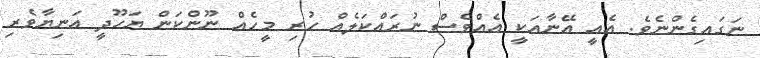
ނަގައިގެންނެވެ. އެއީ އޭނާއަކީ އެއްވެސް ނުރައްކަލެއް ހުރި މީހެއް ނޫންކަން ޔަހޫދީ އަނިޔާވެރި